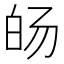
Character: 𰤓